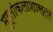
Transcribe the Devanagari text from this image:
मूर्तीकलाशास्त्र